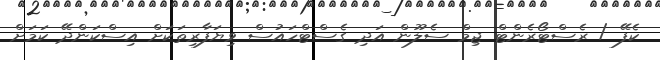
ކެފޭ / ރެސްޓޯރެންޓް ޖިމް ސެލޫން އަދި ގެސްޓްހައުސް ވިޔަފާރިތަކަށް އިސްކަންދޭ ކަމަށް